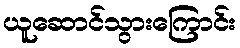
ယူဆောင်သွားကြောင်း